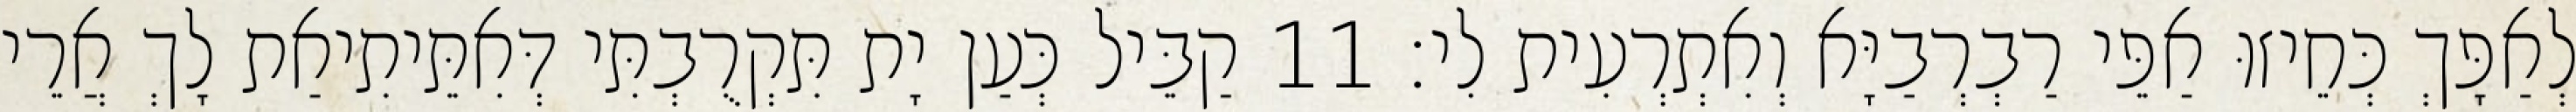
לְאַפָּךְ כְּחֵיזוּ אַפֵּי רַבְרְבַיָּא וְאִתְרְעִית לִי׃ 11 קַבֵּיל כְּעַן יָת תִּקְרֻבְתִּי דְּאִתֵּיתִיאַת לָךְ אֲרֵי